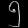
Digit: ၅